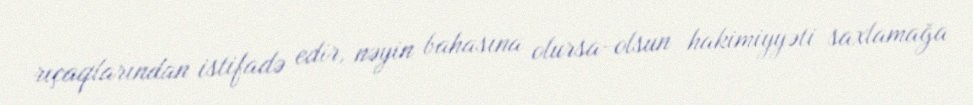
rıçaqlarından istifadə edir, nəyin bahasına olursa-olsun hakimiyyəti saxlamağa